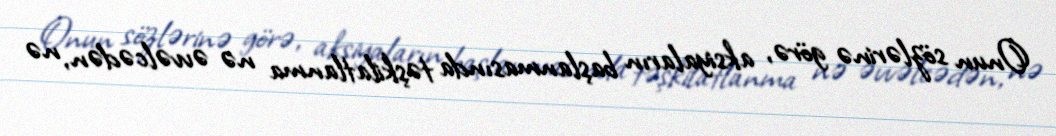
Onun sözlərinə görə, aksiyaların başlanmasında təşkilatlanma nə əvvəlcədən, nə